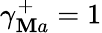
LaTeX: \gamma_{\mathbf{M}a}^{+}=1